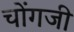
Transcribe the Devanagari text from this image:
चोंगजी